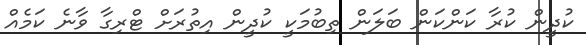
ކުދީން ކުރާ ކަންކަން ބަލަން ތިބުމަކީ ކުދީން އިތުރަށް ޓްރިގާ ވާނެ ކަމެއް